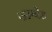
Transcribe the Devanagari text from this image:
माऊण्टेड